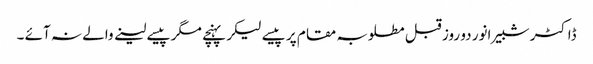
ڈاکٹر شبیر انور دو روز قبل مطلوبہ مقام پر پیسے لیکر پہنچے مگر پیسے لینے والے نہ آئے ۔